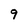
Character: 9